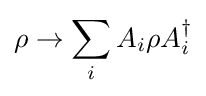
\rho \to \sum _{i}A_{i}\rho A_{i}^{\dagger }